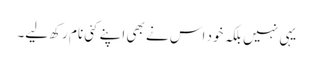
یہی نہیں بلکہ خود اس نے بھی اپنے کئی نام رکھ لیے۔